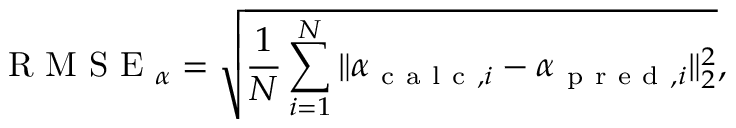
\mathrm { ~ R ~ M ~ S ~ E ~ } _ { \alpha } = \sqrt { \frac { 1 } { N } \sum _ { i = 1 } ^ { N } \| \boldsymbol { \alpha } _ { \mathrm { ~ c ~ a ~ l ~ c ~ } , i } - \boldsymbol { \alpha } _ { \mathrm { ~ p ~ r ~ e ~ d ~ } , i } \| _ { 2 } ^ { 2 } } ,